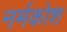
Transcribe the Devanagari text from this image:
नर्मकोश